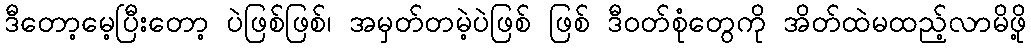
ဒီတော့မေ့ပြီးတော့ ပဲဖြစ်ဖြစ်၊ အမှတ်တမဲ့ပဲဖြစ် ဖြစ် ဒီဝတ်စုံတွေကို အိတ်ထဲမထည့်လာမိဖို့